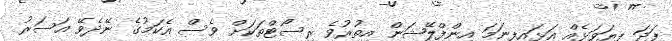
ފަދަ ފިޔަވަޅެއް އަޅައިފިނަމަ އިންފްލޭޝަން އިތުރުވެ ރިސޯޓްތަކަށް ވެސް އެކަމުގެ ނޭދެވޭ އަސަރު